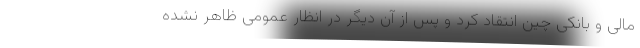
مالی و بانکی چین انتقاد کرد و پس از آن دیگر در انظار عمومی ظاهر نشده